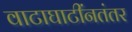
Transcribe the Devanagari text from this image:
वाटाघाटींनतंतर